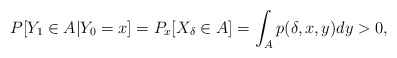
\begin{align*}P[Y_1 \in A|Y_0 =x]=P_x[X_{\delta}\in A]=\int_{A}p(\delta,x,y)dy>0,\end{align*}